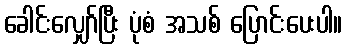
ခေါင်းလျှော်ပြီး ပုံစံ အသစ် ပြောင်းပေးပါ။